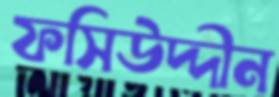
ফসিউদ্দীন